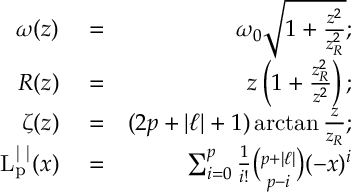
\begin{array} { r l r } { \omega ( z ) } & { { } = } & { \omega _ { 0 } \sqrt { 1 + \frac { z ^ { 2 } } { z _ { R } ^ { 2 } } } ; } \\ { R ( z ) } & { { } = } & { z \left( 1 + \frac { z _ { R } ^ { 2 } } { z ^ { 2 } } \right) ; } \\ { \zeta ( z ) } & { { } = } & { ( 2 p + \vert \ell \vert + 1 ) \arctan \frac { z } { z _ { R } } ; } \\ { \mathrm { L _ { p } ^ { \vert \ell \vert } } ( x ) } & { { } = } & { \sum _ { i = 0 } ^ { p } \frac { 1 } { i ! } \binom { p + \vert \ell \vert } { p - i } ( - x ) ^ { i } } \end{array}